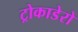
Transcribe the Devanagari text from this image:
ट्रोकाडेरो